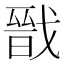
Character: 戩